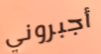
أجبروني